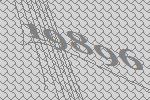
19896